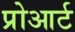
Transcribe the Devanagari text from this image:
प्रोआर्ट